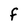
Character: F